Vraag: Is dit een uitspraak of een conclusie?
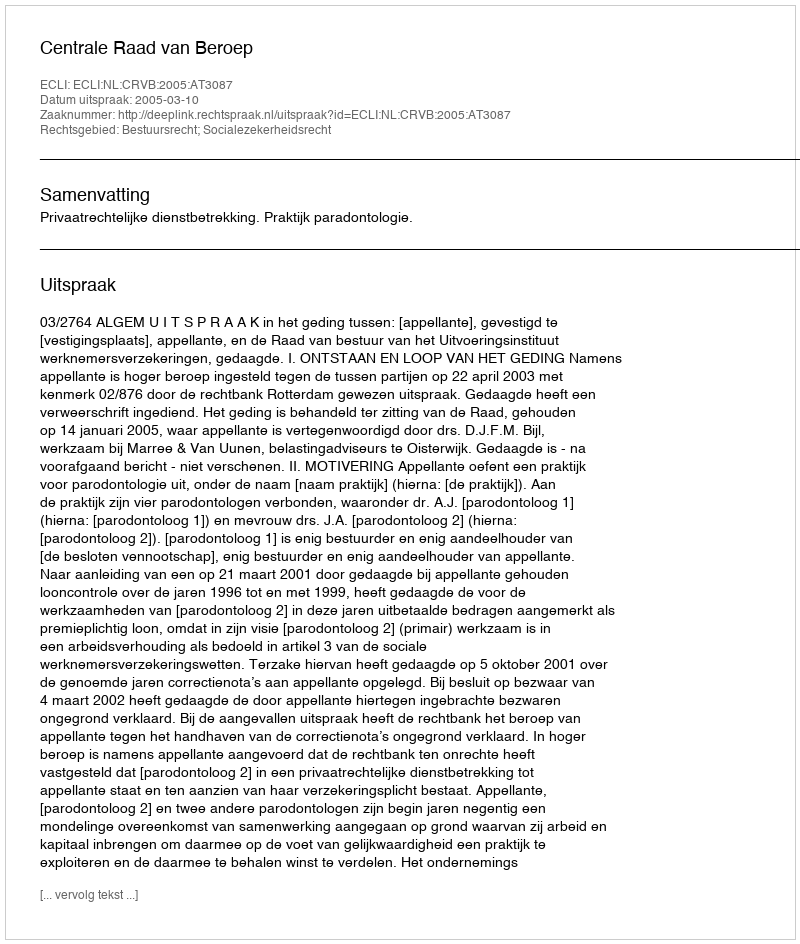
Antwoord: Uitspraak